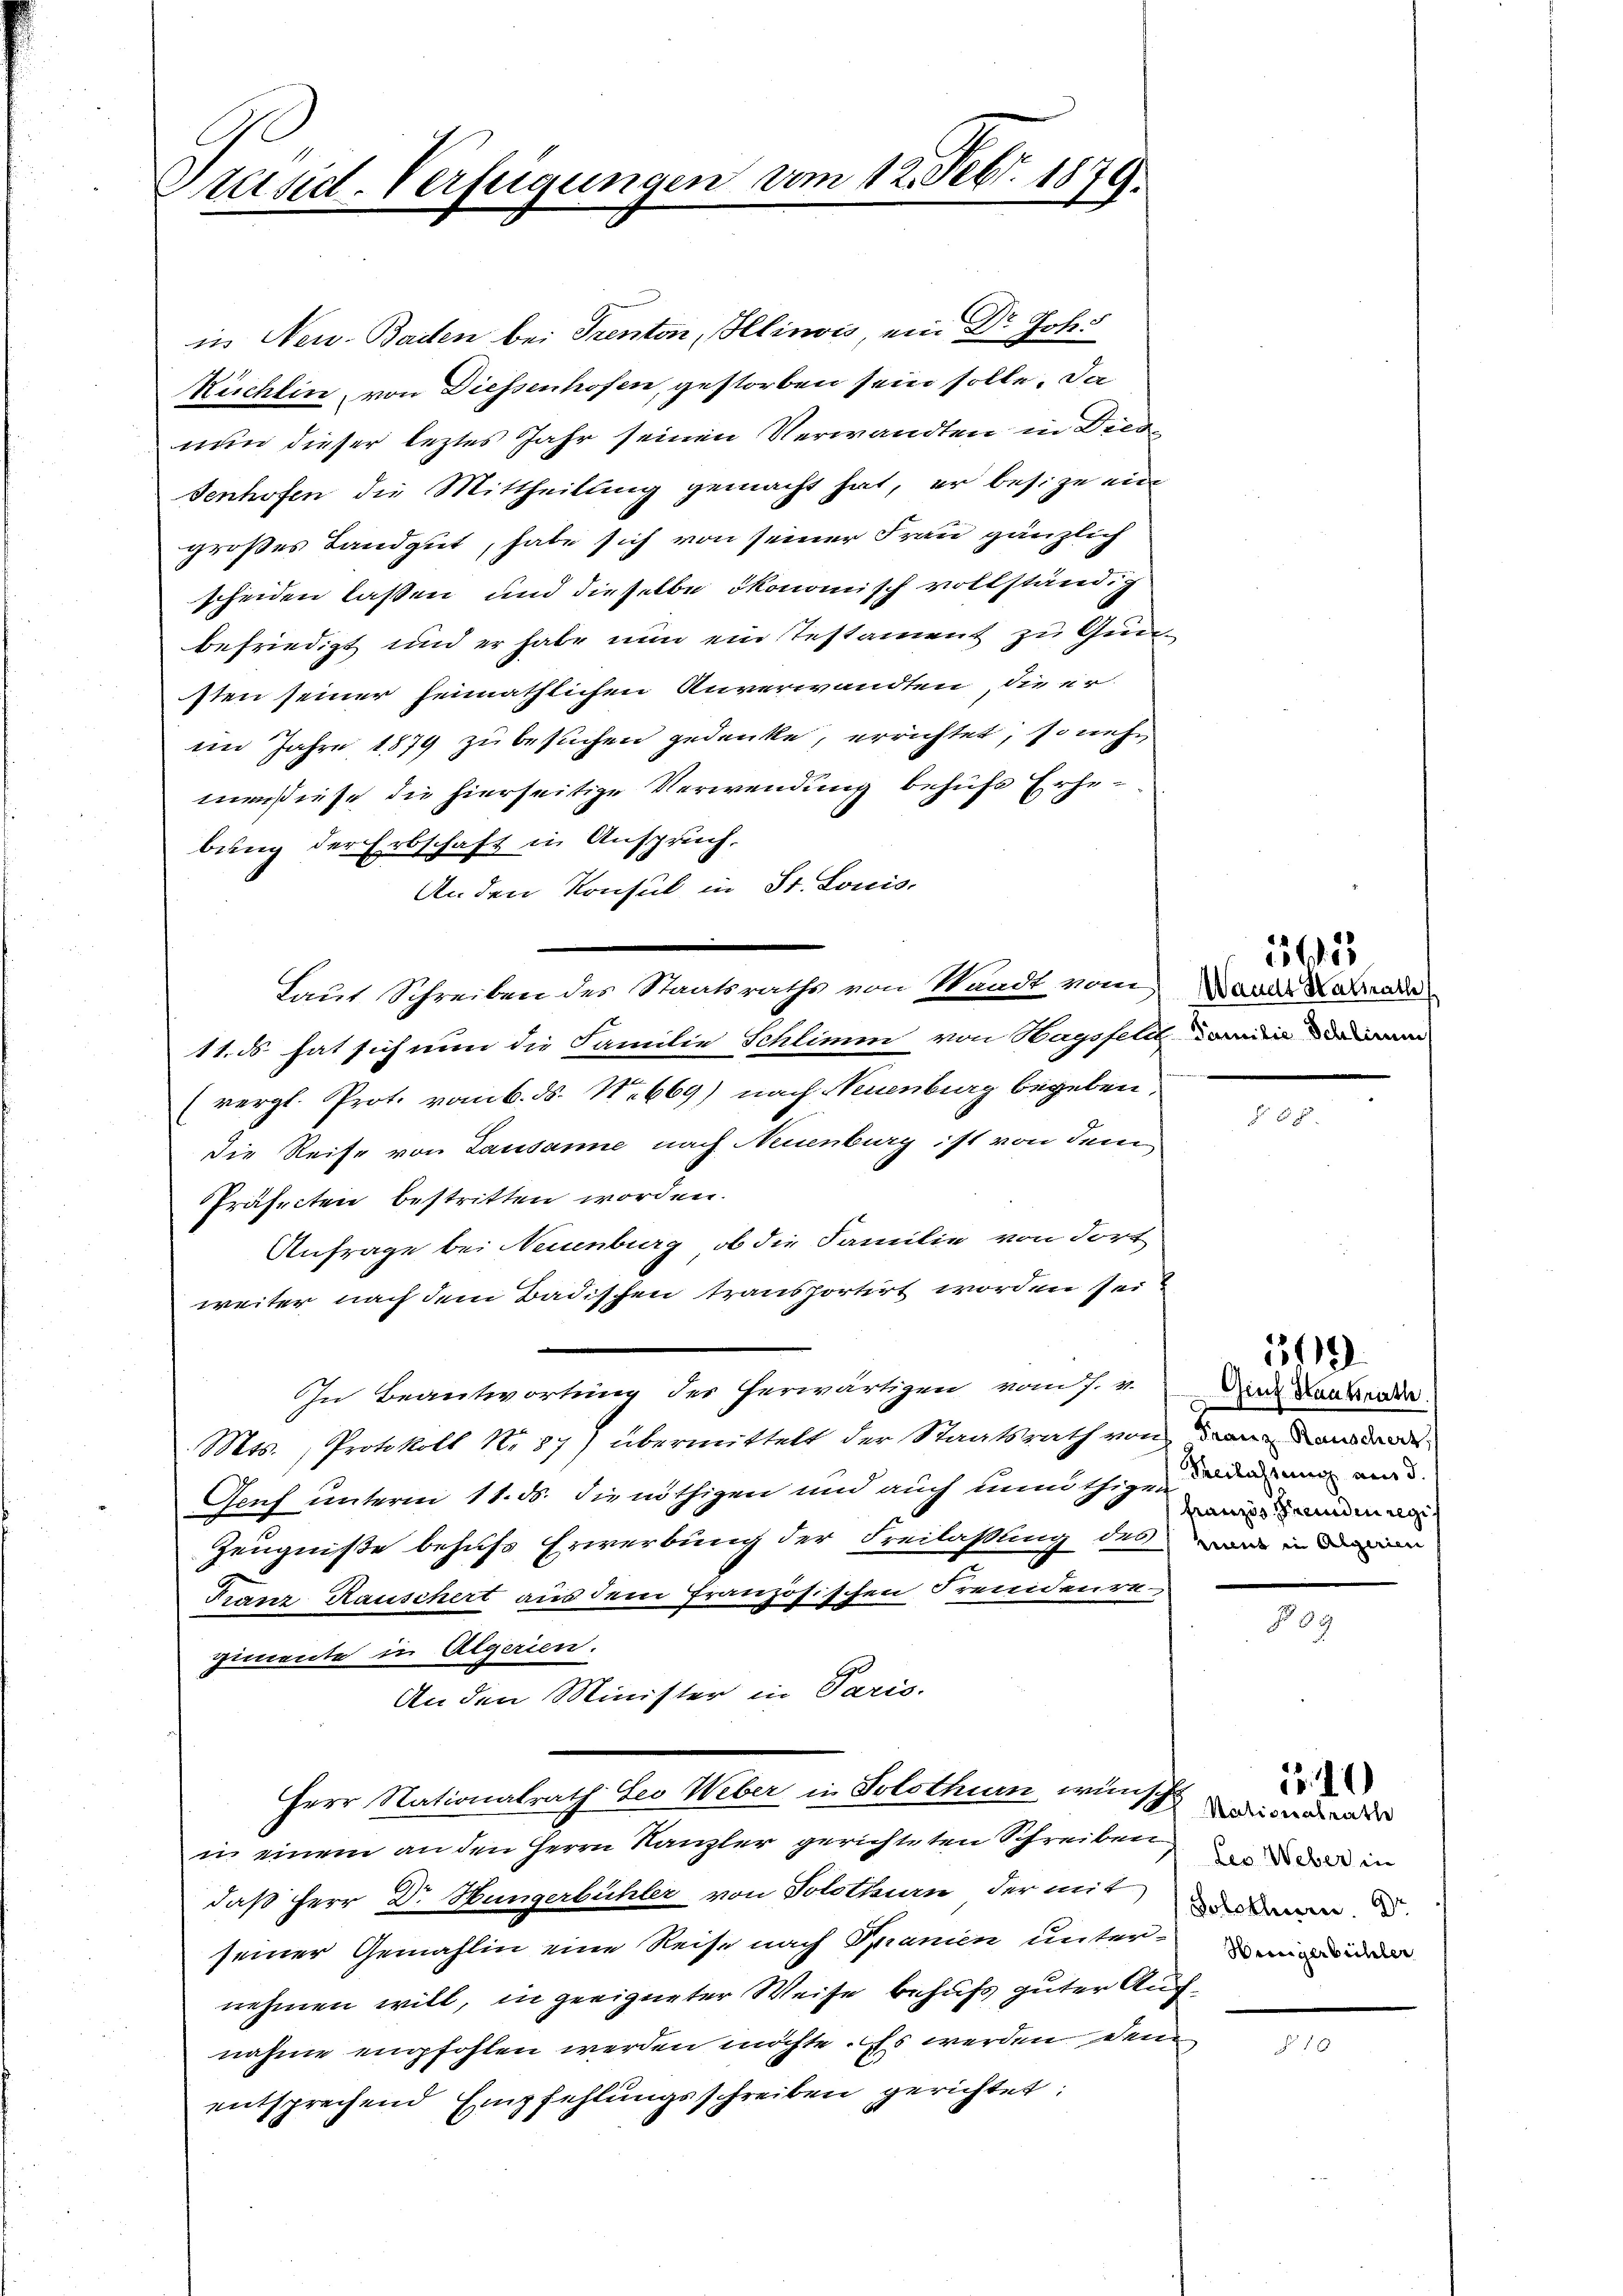
Prand-Verfügungen vom 12. Febr. 1879.

in Neu- Batten bei Trenton, Hlinois, ein Dr Johs
Rüchlin von Diessenhofen, gestorben sein solle. Da
nun dieser leztes Jahr seinen Verwandten in Dies
senhofen die Mittheilung gemacht hat, er besize ein
großes Landgut, habe sich von seiner Frau gänzlich
scheiden lassen und dieselbe ökonomisch vollständig
befriedigt und er habe nun ein Testament zu Gunsten seiner heimathlichen Anverwandten, die er-
im Jahre 1879 zu besuchen gedenke, errichtet, so neh
mesiese die hierseitige Verwendung behufs Erhebung der Erbschaft in Anspruch.
An den Konsul in St. Louis-
Laut Schreiben des Staatsraths von Waadt vom
11. ds hat sich nun die Familie Schlimm von Hagsfeldten
(vergl. Prot. vom 6. ds. No 669) nach Neuenburg begeben.
Die Reise von Lausanne nach Neuenburg ist von dem
Präfecten bestritten worden.
Anfrage bei Neuenburg, ob die Familie von dort
weiter nach dem Badischen transportirt worden sei?
In Beantwortung der herwärtigen vom 7. v.
Mts., Protokoll No 87) übermittelt der Staatsrath von den Land
Genf unterm 11. ds. die nöthigen und auch unnöthigen dann aus
Zeugniße behufs Erwerbung der Freilassung des
Franz Rauschert aus dem französischen Freudenregimente in Algerien.
An den Minister in Paris.
Herr Nationalrath Leo Weber in Solothurn wünsch
in einem an den Herrn Kanzler gerichteten Schreiben
daß Herr Dr. Hungerbühler von Solothurn der mit der d
seiner Gemahlin eine Reise nach Spanien unternehmen will, in geeigneter Weise behufs guter Aufnahme empfohlen werden möchte. Es werden denn
entsprechend Empfehlungsschreiben gerichtet:

Waadt Hatrath

8.

151915

Genf Haakrathe
franzis Grunden regis
ment in Algerien

5119

09

Nationalrathe
Leo Weber in

10

No 16